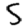
Digit: 5